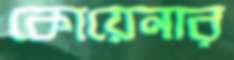
কোয়েনার